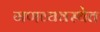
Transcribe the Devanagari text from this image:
गणव्यवस्थेत